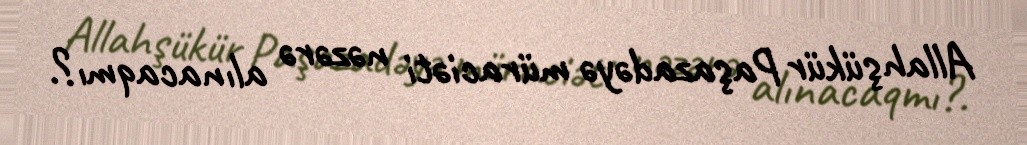
Allahşükür Paşazadəyə müraciəti nəzərə alınacaqmı?.